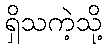
ရှိသကဲ့သို့